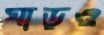
ঘাড়ও